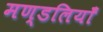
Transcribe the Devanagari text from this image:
मण्डलियाँ